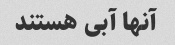
آنها آبی هستند